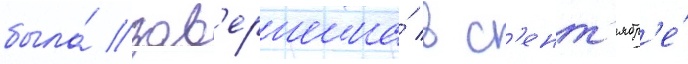
была́ зав'ершена́ в с'ент'ябр'е́